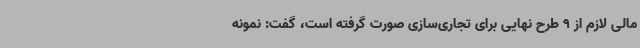
مالی لازم از 9 طرح نهایی برای تجاری‌سازی صورت گرفته است، گفت: نمونه